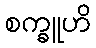
စက္ခူဟိ